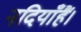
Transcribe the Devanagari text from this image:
नदियाँहैं।